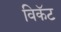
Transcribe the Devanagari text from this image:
विकॅट